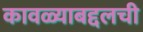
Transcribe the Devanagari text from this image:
कावळ्याबद्दलची